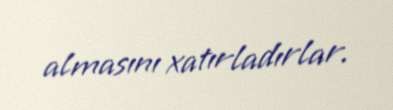
almasını xatırladırlar.